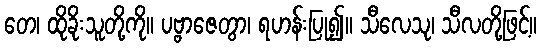
တေ၊ ထိုခိုးသူတို့ကို။ ပဗ္ဗာဇေတွာ၊ ရဟန်းပြု၍။ သီလေသု၊ သီလတို့ဖြင့်။